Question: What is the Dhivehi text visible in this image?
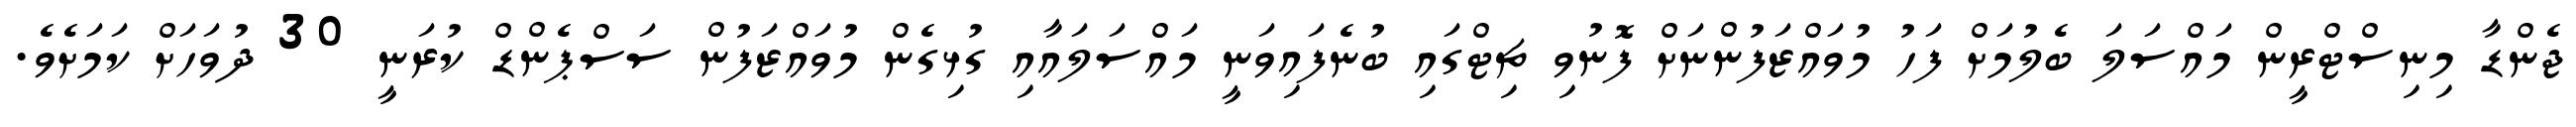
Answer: ޖެންޑާ މިނިސްޓްރީން މައްސަލަ ބެލުމަށް ފަހު މުވައްޒަފުންނަށް ފޮނުވި ޗިޓްގައި ބުނެފައިވަނީ މައްސަލައާއި ގުޅިގެން މުވައްޒަފުން ސަސްޕެންޑް ކުރަނީ 30 ދުވަހަށް ކަމަށެވެ.